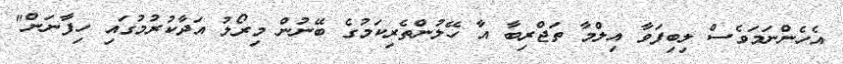
އެހެންނަމަވެސް ލިބިފަވާ އިލްމާ ތަޖްރިބާ އާ ހޭލުންތެރިކަމުގެ ބޭނުން މިރޯލު އަދާކުރުމުގައި ހިފާނަން"